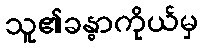
သူ၏ခန္ဓာကိုယ်မှ